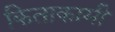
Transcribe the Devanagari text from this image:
किताकामी